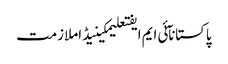
پاکستانآئی ایم ایفتعلیمکینیڈاملازمت